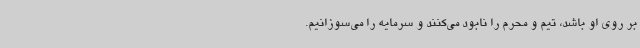
بر روی او باشد، تیم و محرم را نابود می‌کنند و سرمایه را می‌سوزانیم.